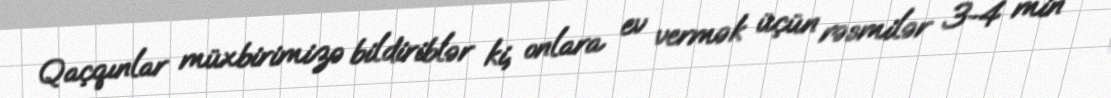
Qaçqınlar müxbirimizə bildiriblər ki, onlara ev vermək üçün rəsmilər 3-4 min